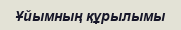
Ұйымның құрылымы